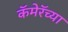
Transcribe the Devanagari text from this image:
कॅमेरॅच्या